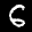
Label: 6